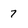
Character: 7